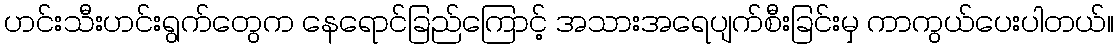
ဟင်းသီးဟင်းရွက်တွေက နေရောင်ခြည်ကြောင့် အသားအရေပျက်စီးခြင်းမှ ကာကွယ်ပေးပါတယ်။